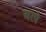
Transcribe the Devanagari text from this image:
अरपे